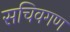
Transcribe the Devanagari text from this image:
सचिवगण